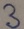
Text: 3